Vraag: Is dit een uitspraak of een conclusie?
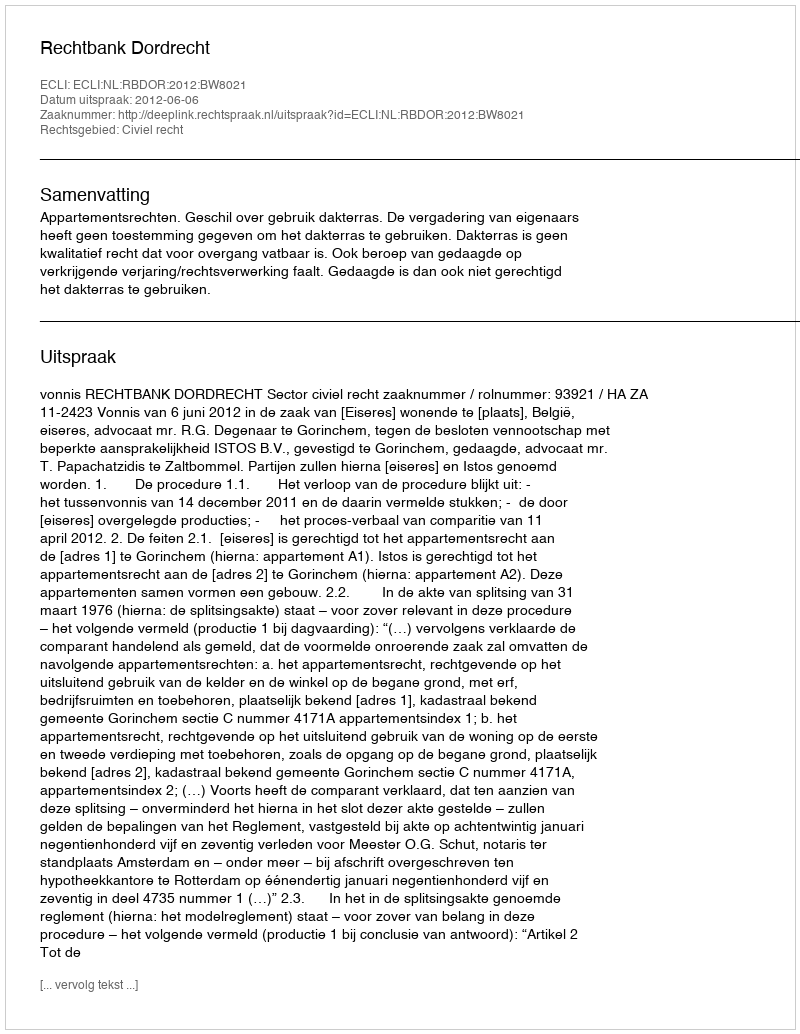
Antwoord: Uitspraak